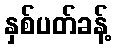
နှစ်ပတ်ခန့်